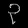
Digit: ၃